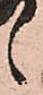
候